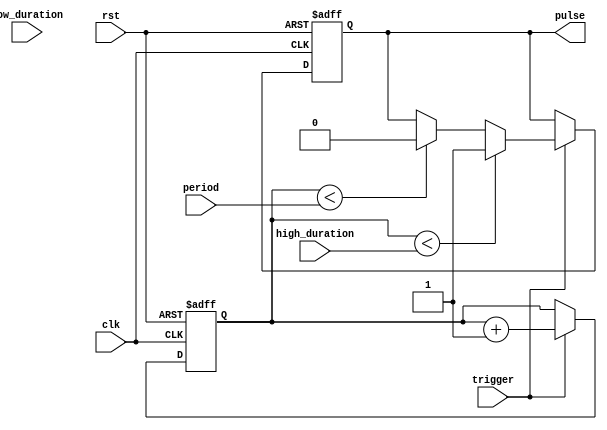
module DutyCyclePulseGenerator (
    input wire clk,
    input wire rst,
    input wire trigger,
    input wire [7:0] high_duration,
    input wire [7:0] low_duration,
    input wire [15:0] period,
    output reg pulse
);

reg [15:0] counter;

always @(posedge clk or posedge rst) begin
    if (rst) begin
        counter <= 0;
        pulse <= 0;
    end else begin
        if (trigger) begin
            if (counter < high_duration) begin
                pulse <= 1;
            end else if (counter < period) begin
                pulse <= 0;
            end else begin
                counter <= 0;
            end
            counter <= counter + 1;
        end
    end
end

endmodule